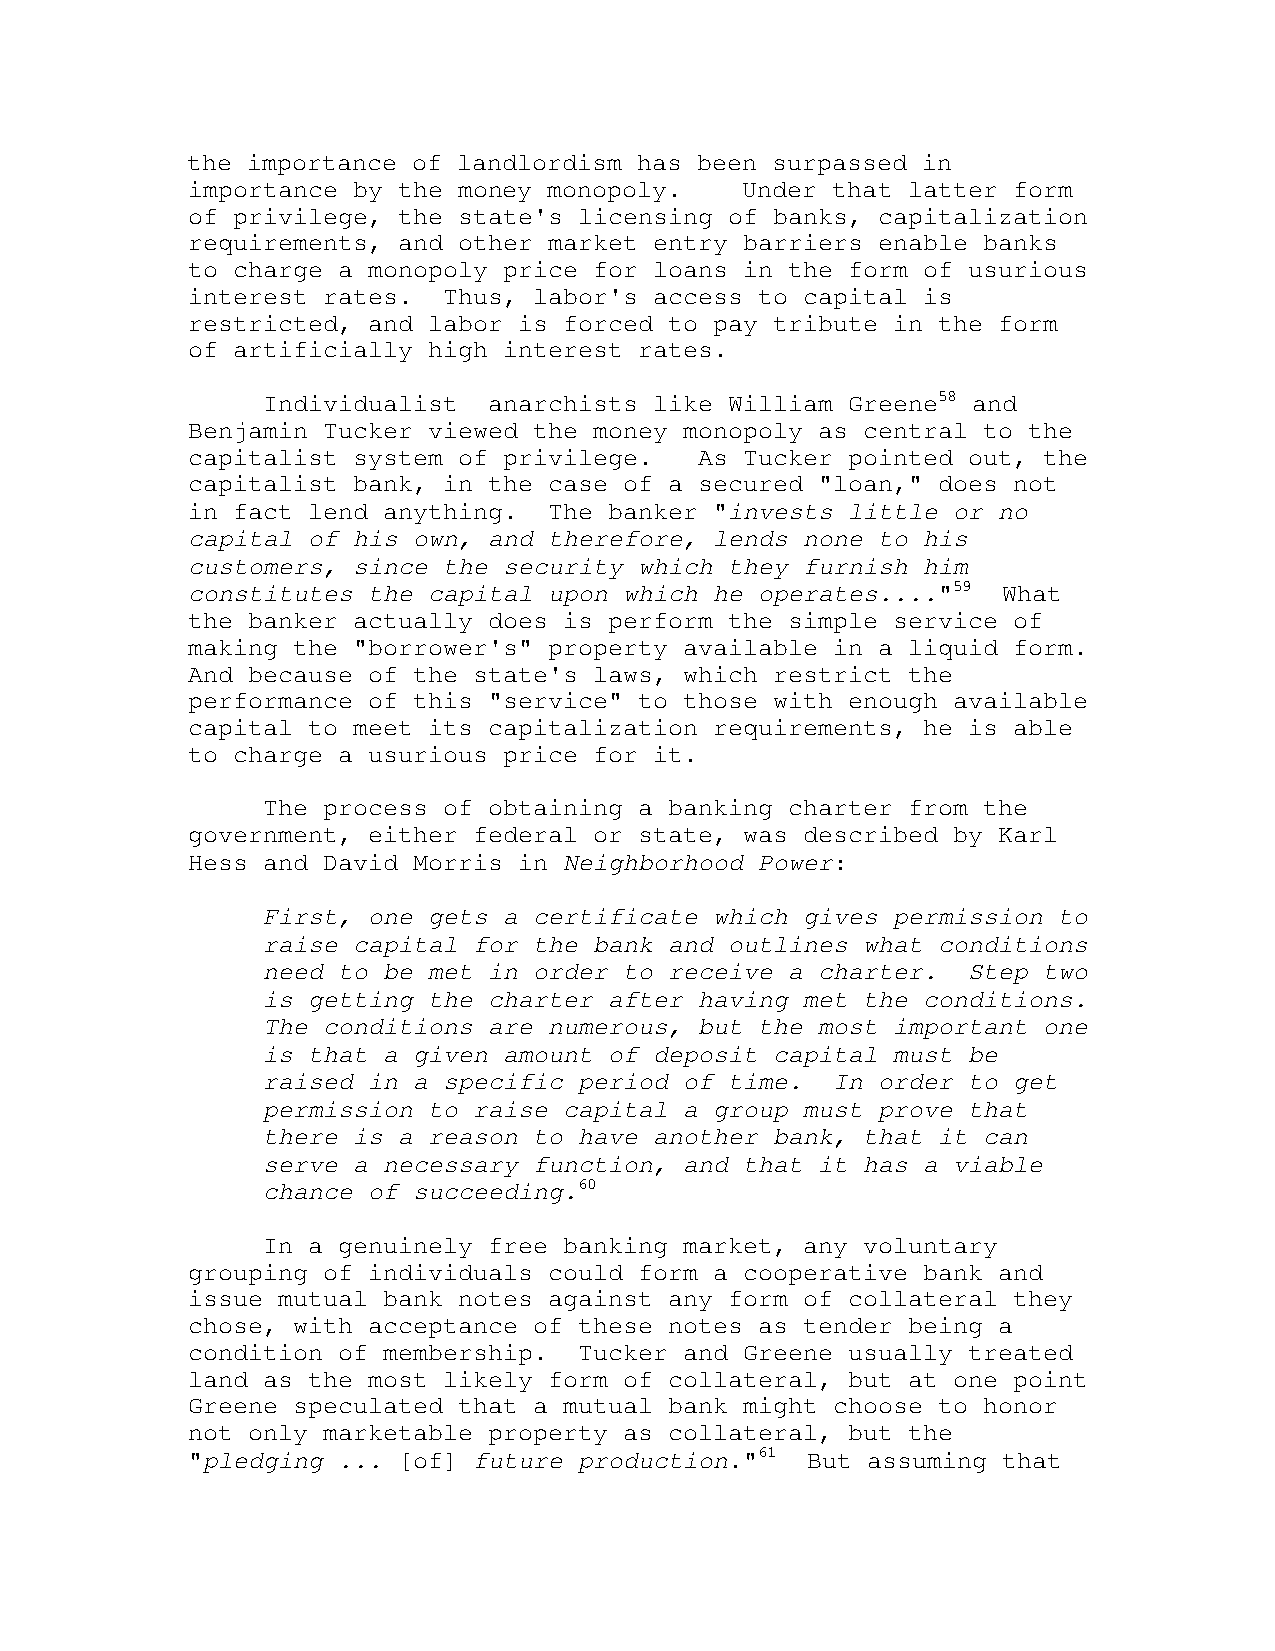
the importance of landlordism has been surpassed in
 importance by the money monopoly.    Under that latter form
 of privilege, the state's licensing of banks, capitalization
 requirements, and other market entry barriers enable banks
 to charge a monopoly price for loans in the form of usurious
 interest rates.  Thus, labor's access to capital is
 restricted, and labor is forced to pay tribute in the form
 of artificially high interest rates.
 Individualist  anarchists like William Greene58 and
 Benjamin Tucker viewed the money monopoly as central to the
 capitalist system of privilege.   As Tucker pointed out, the
 capitalist bank, in the case of a secured "loan," does not
 in fact lend anything.  The banker "invests little or no
 capital of his own, and therefore, lends none to his
 customers, since the security which they furnish him
 constitutes the capital upon which he operates...."59 What
 the banker actually does is perform the simple service of
 making the "borrower's" property available in a liquid form.
 And because of the state's laws, which restrict the
 performance of this "service" to those with enough available
 capital to meet its capitalization requirements, he is able
 to charge a usurious price for it.
 The process of obtaining a banking charter from the
 government, either federal or state, was described by Karl
 Hess and David Morris in Neighborhood Power:
 First, one gets a certificate which gives permission to
 raise capital for the bank and outlines what conditions
 need to be met in order to receive a charter.  Step two
 is getting the charter after having met the conditions.
 The conditions are numerous, but the most important one
 is that a given amount of deposit capital must be
 raised in a specific period of time.  In order to get
 permission to raise capital a group must prove that
 there is a reason to have another bank, that it can
 serve a necessary function, and that it has a viable
 chance of succeeding.60
 In a genuinely free banking market, any voluntary
 grouping of individuals could form a cooperative bank and
 issue mutual bank notes against any form of collateral they
 chose, with acceptance of these notes as tender being a
 condition of membership.  Tucker and Greene usually treated
 land as the most likely form of collateral, but at one point
 Greene speculated that a mutual bank might choose to honor
 not only marketable property as collateral, but the
 "pledging ... [of] future production."61 But assuming that